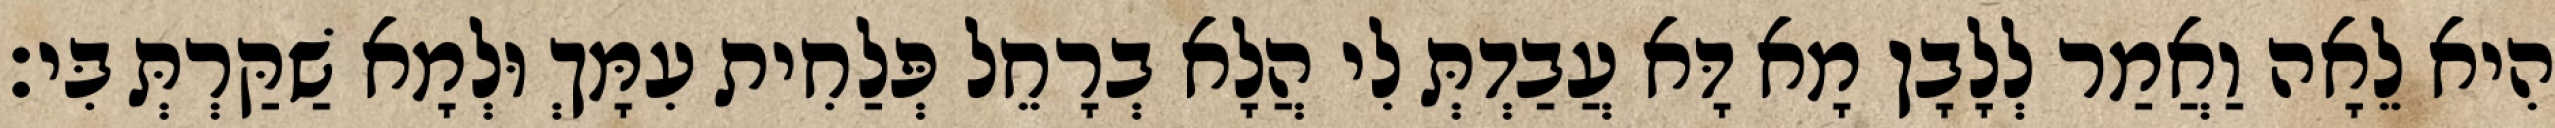
הִיא לֵאָה וַאֲמַר לְלָבָן מָא דָּא עֲבַדְתְּ לִי הֲלָא בְרָחֵל פְּלַחִית עִמָּךְ וּלְמָא שַׁקַּרְתְּ בִּי׃